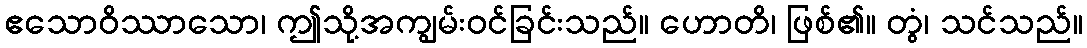
ဧသောဝိဿာသော၊ ဤသို့အကျွမ်းဝင်ခြင်းသည်။ ဟောတိ၊ ဖြစ်၏။ တွံ၊ သင်သည်။